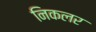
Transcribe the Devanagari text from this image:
निकलर